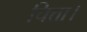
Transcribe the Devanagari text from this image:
चित्ता।